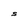
Character: S